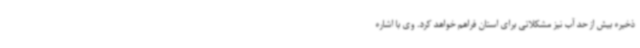
ذخیره بیش از حد آب نیز مشکلاتی برای استان فراهم خواهد کرد. وی با اشاره